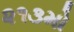
૨૧૩મો